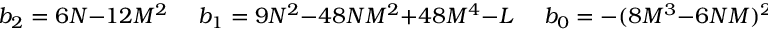
b _ { 2 } = 6 N - 1 2 M ^ { 2 } \ \ \ \ \ \ b _ { 1 } = 9 N ^ { 2 } - 4 8 N M ^ { 2 } + 4 8 M ^ { 4 } - L \ \ \ \ \ \ b _ { 0 } = - ( 8 M ^ { 3 } - 6 N M ) ^ { 2 }